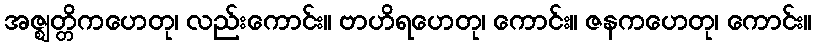
အဇ္ဈတ္တိကဟေတု၊ လည်းကောင်း။ ဗာဟိရဟေတု၊ ကောင်း။ ဇနကဟေတု၊ ကောင်း။